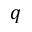
q